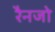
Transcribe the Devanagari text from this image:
रैनजो